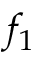
f _ { 1 }